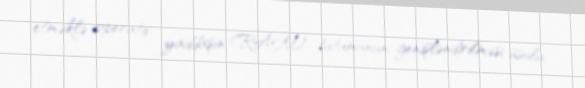
etməklə operativ yaddaşın (RAM) tutumunun genişləndirilməsi üsulu.